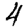
Digit: 4